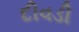
દીવડી